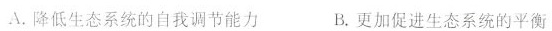
A.降低生态系统的自我调节能力 B.更加促进生态系统的平衡